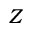
Z